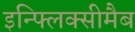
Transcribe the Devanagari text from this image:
इन्फ्लिक्सीमैब